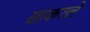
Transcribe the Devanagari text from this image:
साकल्ले